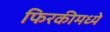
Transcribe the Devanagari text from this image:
फिरकीमध्ये